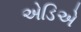
એડિએ